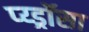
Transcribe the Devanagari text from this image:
प्य्ड्रॉसा